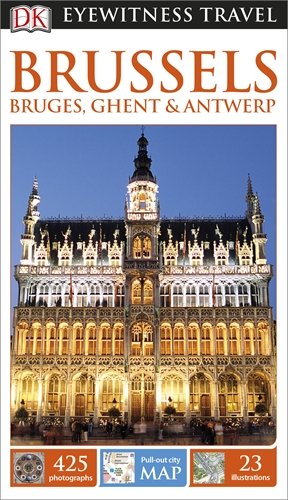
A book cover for DK Eyewitness Travel guide:Brussels, Bruges, Ghent & Antwerp; Travel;